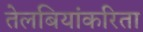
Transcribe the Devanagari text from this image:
तेलबियांकरिता